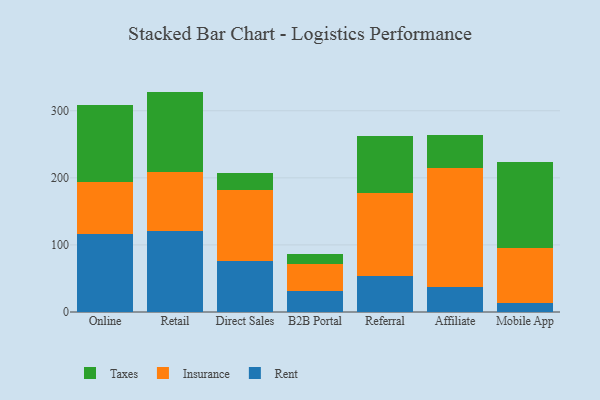
{"axis": {"x": "Channel", "y": "LTV (USD)"}, "legend": ["Insurance", "Rent", "Taxes"], "data": [{"x": "Online", "y": 115.7, "type": "Rent"}, {"x": "Online", "y": 77.8, "type": "Insurance"}, {"x": "Online", "y": 114.7, "type": "Taxes"}, {"x": "Retail", "y": 120.5, "type": "Rent"}, {"x": "Retail", "y": 88.1, "type": "Insurance"}, {"x": "Retail", "y": 120.0, "type": "Taxes"}, {"x": "Direct Sales", "y": 76.0, "type": "Rent"}, {"x": "Direct Sales", "y": 106.6, "type": "Insurance"}, {"x": "Direct Sales", "y": 24.0, "type": "Taxes"}, {"x": "B2B Portal", "y": 31.2, "type": "Rent"}, {"x": "B2B Portal", "y": 39.9, "type": "Insurance"}, {"x": "B2B Portal", "y": 15.4, "type": "Taxes"}, {"x": "Referral", "y": 53.1, "type": "Rent"}, {"x": "Referral", "y": 124.8, "type": "Insurance"}, {"x": "Referral", "y": 84.2, "type": "Taxes"}, {"x": "Affiliate", "y": 37.2, "type": "Rent"}, {"x": "Affiliate", "y": 177.1, "type": "Insurance"}, {"x": "Affiliate", "y": 49.0, "type": "Taxes"}, {"x": "Mobile App", "y": 13.9, "type": "Rent"}, {"x": "Mobile App", "y": 81.8, "type": "Insurance"}, {"x": "Mobile App", "y": 127.6, "type": "Taxes"}]}